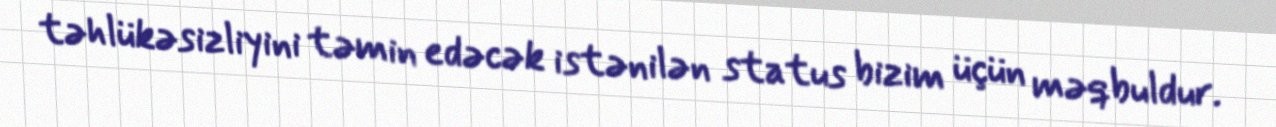
təhlükəsizliyini təmin edəcək istənilən status bizim üçün məqbuldur.